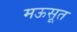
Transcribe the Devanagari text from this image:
मऊसूत